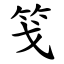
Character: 䇝